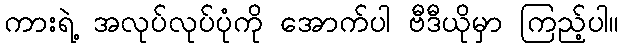
ကားရဲ့ အလုပ်လုပ်ပုံကို အောက်ပါ ဗီဒီယိုမှာ ကြည့်ပါ။